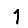
Digit: 1